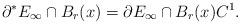
LaTeX: \begin{align*}\partial^* E_\infty\cap B_r(x)=\partial E_\infty\cap B_r(x)C^1 .\end{align*}